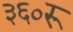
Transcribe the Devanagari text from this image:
३६०रू